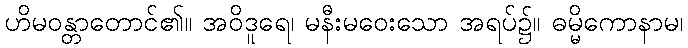
ဟိမဝန္တာတောင်၏။ အဝိဒူရေ၊ မနီးမဝေးသော အရပ်၌။ ဓမ္မိကောနာမ၊